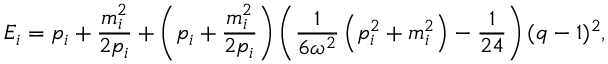
E _ { i } = p _ { i } + \frac { m _ { i } ^ { 2 } } { 2 p _ { i } } + \left( p _ { i } + \frac { m _ { i } ^ { 2 } } { 2 p _ { i } } \right) \left( \frac { 1 } { 6 \omega ^ { 2 } } \left( p _ { i } ^ { 2 } + m _ { i } ^ { 2 } \right) - \frac { 1 } { 2 4 } \right) ( q - 1 ) ^ { 2 } ,